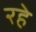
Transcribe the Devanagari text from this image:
रहेे